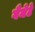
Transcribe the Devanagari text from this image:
गैमेटे